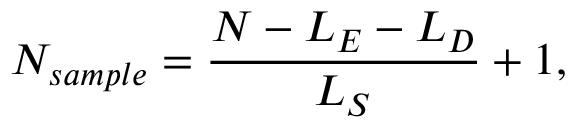
N _ { s a m p l e } = \frac { N - L _ { E } - L _ { D } } { L _ { S } } + 1 ,